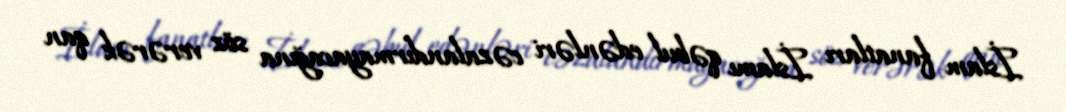
İslam fanatları İslamı qəbul edənləri cəzalandırmayacağına söz verərək qan